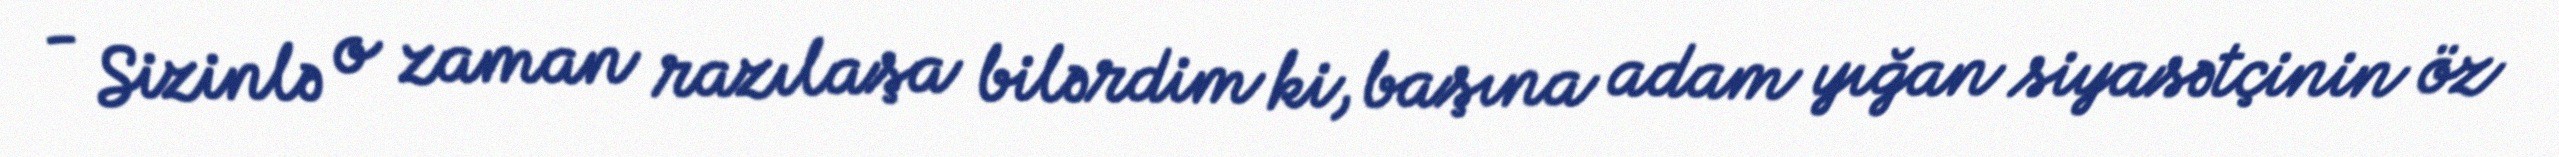
- Sizinlə o zaman razılaşa bilərdim ki, başına adam yığan siyasətçinin öz